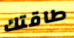
طاقتك